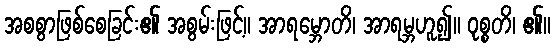
အစစွာဖြစ်စေခြင်း၏ အစွမ်းဖြင့်။ အာရမ္ဘောတိ၊ အာရမ္ဘဟူ၍။ ဝုစ္စတိ၊ ၏။